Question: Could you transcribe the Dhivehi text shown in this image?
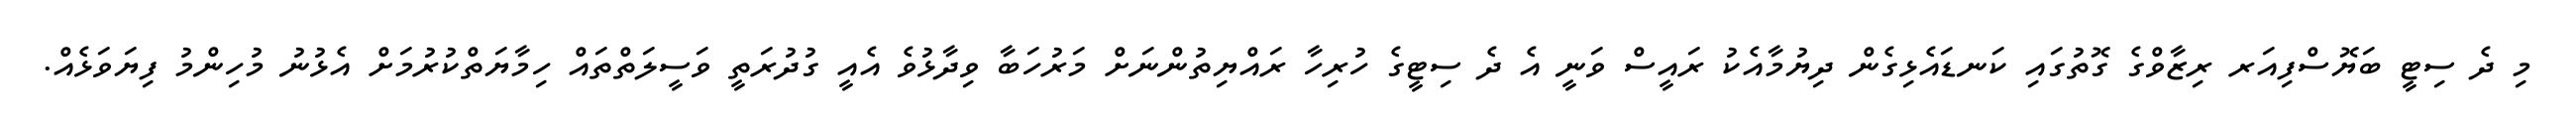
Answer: މި ދެ ސިޓީ ބަޔޮސްފިއަރ ރިޒާވްގެ ގޮތުގައި ކަނޑައެޅިގެން ދިޔުމާއެކު ރައީސް ވަނީ އެ ދެ ސިޓީގެ ހުރިހާ ރައްޔިތުންނަށް މަރުހަބާ ވިދާޅުވެ އެއީ ގުދުރަތީ ވަސީލަތްތައް ހިމާޔަތްކުރުމަށް އެޅުނު މުހިންމު ފިޔަވަޅެއް.